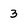
Character: 3